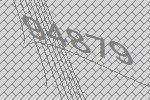
94879